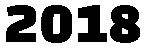
2018